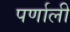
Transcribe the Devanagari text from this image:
पर्णाली